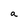
Character: a